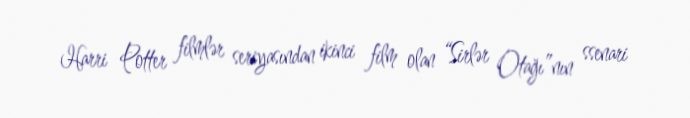
Harri Potter filmlər seriyasından ikinci film olan “Sirlər Otağı”nın ssenari